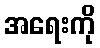
အရေးကို